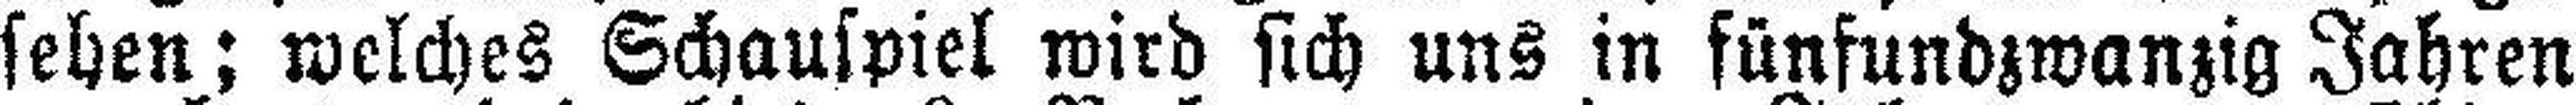
sehen; welches Schauspiel wird sich uns in fünfundzwanzig Jahren